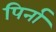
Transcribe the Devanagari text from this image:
पिर्ना